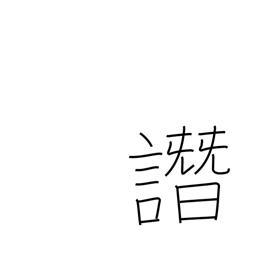
Meaning: slander